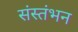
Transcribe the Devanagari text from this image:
संस्तंभन